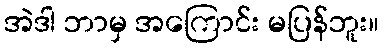
အဲဒါ ဘာမှ အကြောင်း မပြန်ဘူး။